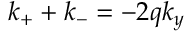
k _ { + } + k _ { - } = - 2 q k _ { y }